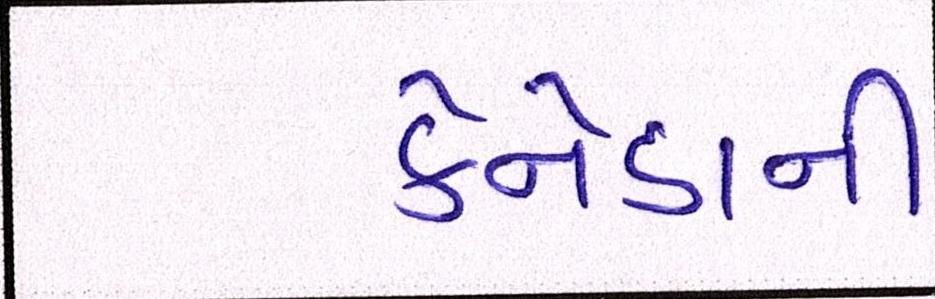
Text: કેનેડાની